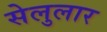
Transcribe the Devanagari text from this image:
सेलुलार